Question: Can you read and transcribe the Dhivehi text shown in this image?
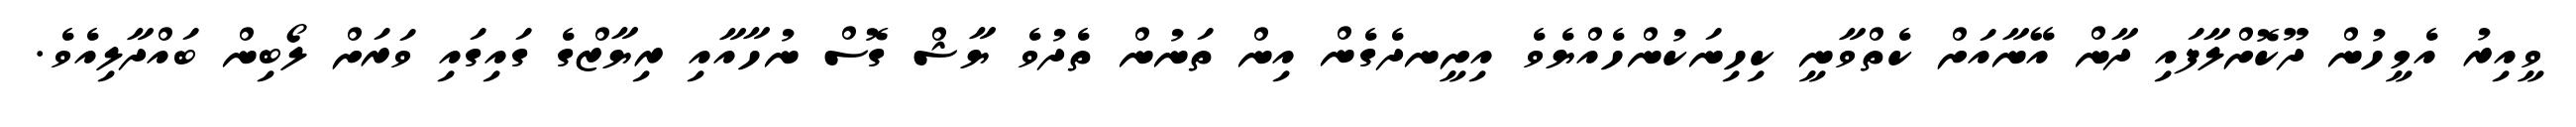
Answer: ވީއިރު އެމީހުން ދޫކޮށްލާފައި ދާން އޭނާއަށް ކެތްވާނީ ކިހިނަކުންހެއްޔެވެ އިށީނދެގެން އިން ތަނުން ތެދުވެ ޔާޝް ގޮސް ނުހާއާއި ރިޔާޒްގެ ގައިގައި ވަރަށް ލޯބިން ބައްދާލިއެވެ.